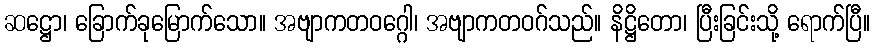
ဆဋ္ဌော၊ ခြောက်ခုမြောက်သော။ အဗျာကတဝဂ္ဂေါ၊ အဗျာကတဝဂ်သည်။ နိဋ္ဌိတော၊ ပြီးခြင်းသို့ ရောက်ပြီ။